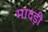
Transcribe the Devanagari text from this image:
मादड़ी